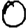
Digit: 0